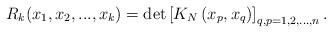
LaTeX: \begin{align*}R_{k}(x_{1},x_{2},...,x_{k})=\det \left[ K_{N}\left( x_{p},x_{q}\right)\right] _{q,p=1,2,...,n}.\end{align*}